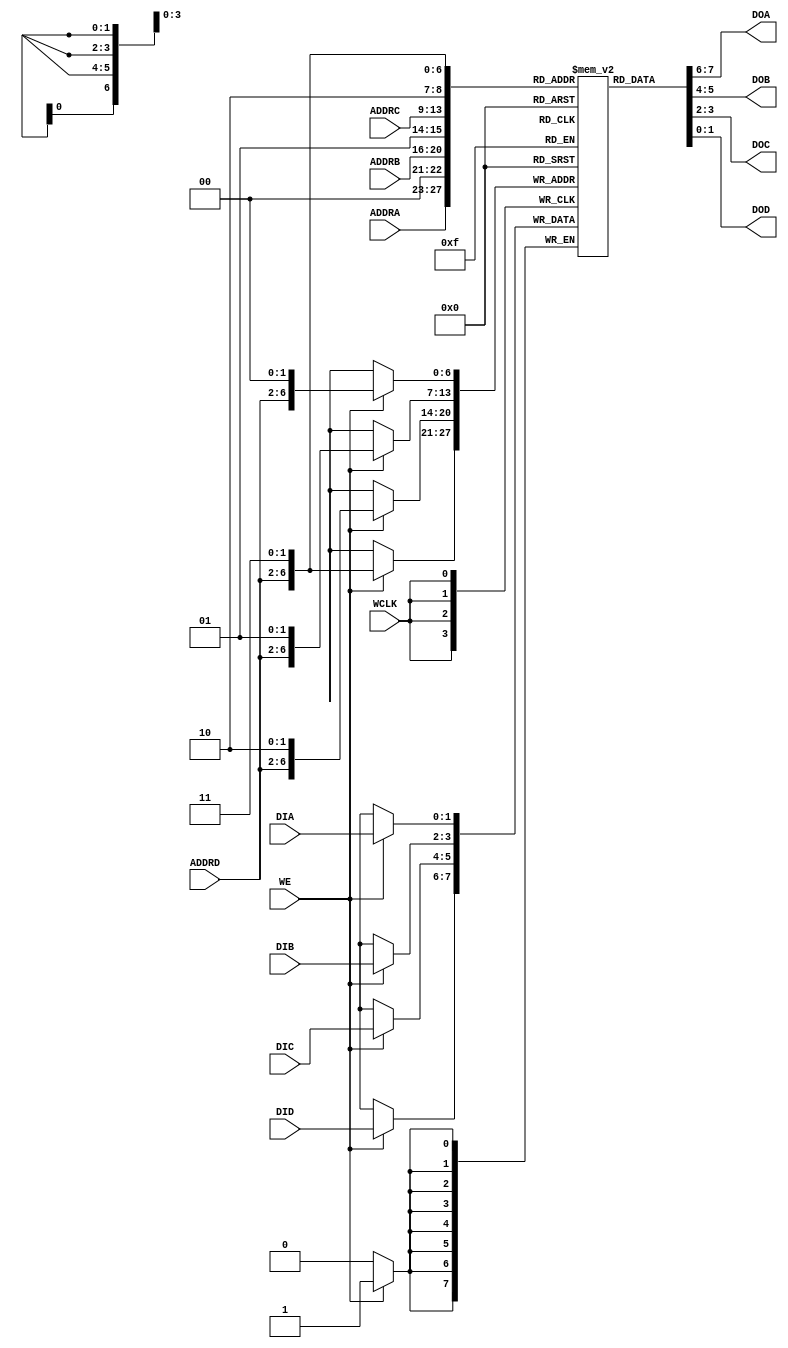
/***************************************************************************
 *                                                                         *
 *   RAM16X1D.v - Emulates the functionality of the Xilinx primitive of the*
 *     same name. This a really poor partial implementation so do not use  *
 *     as it is only designed to do some very basic things.                *
 *                                                                         *
 *   Copyright (C) 2005 by Patrick Suggate                                 *
 *   patrick@physics.otago.ac.nz                                           *
 *                                                                         *
 *   This program is free software; you can redistribute it and/or modify  *
 *   it under the terms of the GNU General Public License as published by  *
 *   the Free Software Foundation; either version 2 of the License, or     *
 *   (at your option) any later version.                                   *
 *                                                                         *
 *   This program is distributed in the hope that it will be useful,       *
 *   but WITHOUT ANY WARRANTY; without even the implied warranty of        *
 *   MERCHANTABILITY or FITNESS FOR A PARTICULAR PURPOSE.  See the         *
 *   GNU General Public License for more details.                          *
 *                                                                         *
 *   You should have received a copy of the GNU General Public License     *
 *   along with this program; if not, write to the                         *
 *   Free Software Foundation, Inc.,                                       *
 *   59 Temple Place - Suite 330, Boston, MA  02111-1307, USA.             *
 ***************************************************************************/

`timescale 1ns/100ps
module RAM32M (
	WCLK,
	WE,
	ADDRA,
	ADDRB,
	ADDRC,
	ADDRD,
	DIA,
	DIB,
	DIC,
	DID,
	DOA,
	DOB,
	DOC,
	DOD
);

parameter	INIT_A	= 64'h0000_0000_0000_0000;
parameter	INIT_B	= 64'h0000_0000_0000_0000;
parameter	INIT_C	= 64'h0000_0000_0000_0000;
parameter	INIT_D	= 64'h0000_0000_0000_0000;

input	WCLK;
input	WE;
input	[4:0]	ADDRA;
input	[4:0]	ADDRB;
input	[4:0]	ADDRC;
input	[4:0]	ADDRD;
input	[1:0]	DIA;
input	[1:0]	DIB;
input	[1:0]	DIC;
input	[1:0]	DID;
output	[1:0]	DOA;
output	[1:0]	DOB;
output	[1:0]	DOC;
output	[1:0]	DOD;


// synthesis attribute ram_style of distram is distributed ;
// pragma attribute distram ram_block FALSE ;
reg	[1:0]	distram [0:127];


assign	DOA	= distram [{ADDRA, 2'b00}];
assign	DOB	= distram [{ADDRB, 2'b01}];
assign	DOC	= distram [{ADDRC, 2'b10}];
assign	DOD	= distram [{ADDRD, 2'b11}];


always @(posedge WCLK)
begin
	if (WE)
	begin
		distram [{ADDRD, 2'b00}]	<= DIA;
		distram [{ADDRD, 2'b01}]	<= DIB;
		distram [{ADDRD, 2'b10}]	<= DIC;
		distram [{ADDRD, 2'b11}]	<= DID;
	end
end


integer	ii, idx0, idx1;
initial begin : Init
	for (ii=0; ii<32; ii=ii+1)
	begin
		idx0	= {ii,1'b0};
		idx1	= {ii,1'b1};
		distram [{ii, 2'b00}]	= {INIT_A [idx1], INIT_A [idx0]};
		distram [{ii, 2'b01}]	= {INIT_B [idx1], INIT_B [idx0]};
		distram [{ii, 2'b10}]	= {INIT_C [idx1], INIT_C [idx0]};
		distram [{ii, 2'b11}]	= {INIT_D [idx1], INIT_D [idx0]};
	end
end	// Init


endmodule	// RAM32M